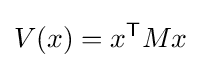
V(x)=x^{\textsf {T}}Mx